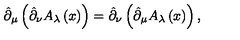
\hat { \partial } _ { \mu } \left( \hat { \partial } _ { \nu } A _ { \lambda } \left( x \right) \right) = \hat { \partial } _ { \nu } \left( \hat { \partial } _ { \mu } A _ { \lambda } \left( x \right) \right) ,